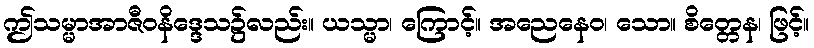
ဤသမ္မာအာဇီဝနိဒ္ဒေသ၌လည်း။ ယသ္မာ၊ ကြောင့်။ အညေနေဝ၊ သော။ စိတ္တေန၊ ဖြင့်။